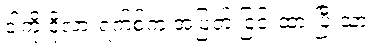
ဒါကို ဒိုလားရက်စ်က အပြတ် ငြင်းထားပြီးသား။